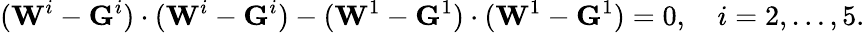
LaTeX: (\mathbf{W}^{i}-\mathbf{G}^{i})\cdot(\mathbf{W}^{i}-\mathbf{G}^{i})-(\mathbf{W}^{1}-\mathbf{G}^{1})\cdot(\mathbf{W}^{1}-\mathbf{G}^{1})=0,\quad i=2,\ldots,5.